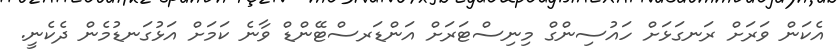
އެކަން ވަރަށް ރަނގަޅަށް ހައުސިންގް މިނިސްޓަރަށް އަންޑަރސްޓޭންޑް ވާނެ ކަމަށް އަޅުގަނޑުމެން ދެކެނީ.